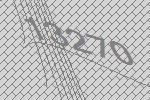
13270